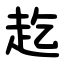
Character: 䞘